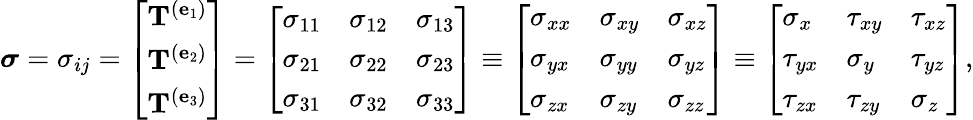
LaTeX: {\boldsymbol{\sigma}}=\sigma_{ij}=\left[{\begin{array}{l}{\mathbf{T}^{(\mathbf{e}_{1})}}\\ {\mathbf{T}^{(\mathbf{e}_{2})}}\\ {\mathbf{T}^{(\mathbf{e}_{3})}}\end{array}}\right]=\left[{\begin{array}{lll}{\sigma_{11}}&{\sigma_{12}}&{\sigma_{13}}\\ {\sigma_{21}}&{\sigma_{22}}&{\sigma_{23}}\\ {\sigma_{31}}&{\sigma_{32}}&{\sigma_{33}}\end{array}}\right]\equiv\left[{\begin{array}{lll}{\sigma_{xx}}&{\sigma_{xy}}&{\sigma_{xz}}\\ {\sigma_{yx}}&{\sigma_{yy}}&{\sigma_{yz}}\\ {\sigma_{zx}}&{\sigma_{zy}}&{\sigma_{zz}}\end{array}}\right]\equiv\left[{\begin{array}{lll}{\sigma_{x}}&{\tau_{xy}}&{\tau_{xz}}\\ {\tau_{yx}}&{\sigma_{y}}&{\tau_{yz}}\\ {\tau_{zx}}&{\tau_{zy}}&{\sigma_{z}}\end{array}}\right],